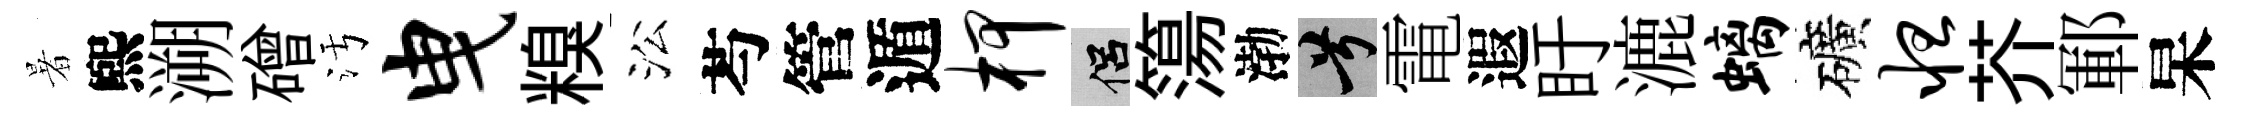
暑煕溯磳污曳糗㳂芍管遁柙侣簜渤兮電遐盱漉螭礦怛芥鄆杲